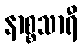
နာစ္စသာရီ